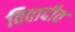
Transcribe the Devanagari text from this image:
विवादीत